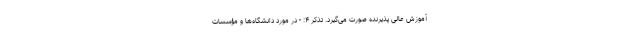
آموزش عالی پذیرنده صورت می‌گیرد. تذکر ۴: - در مورد دانشگاه‌ها و مؤسسات